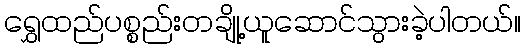
ရွှေထည်ပစ္စည်းတချို့ယူဆောင်သွားခဲ့ပါတယ်။